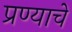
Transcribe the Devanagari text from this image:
प्रण्याचे